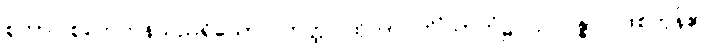
စုတာ၊ စုတေကုန်သည်ရှိသော်။ တတ္ထ၊ ထိုတာဝတိံသာဘုံ၌။ ဥပပန္နာ၊ ဖြစ်ကုန်၏။